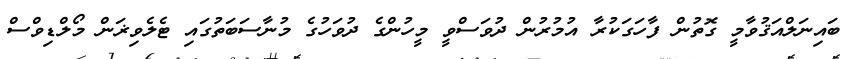
ބައިނަލްއަޤުވާމީ ގޮތުން ފާހަގަކުރާ އުމުރުން ދުވަސްވީ މީހުންގެ ދުވަހުގެ މުނާސަބަތުގައި ޓެލެވިޜަން މޯލްޑިވްސް